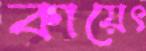
কায়েৎ